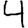
Digit: 4